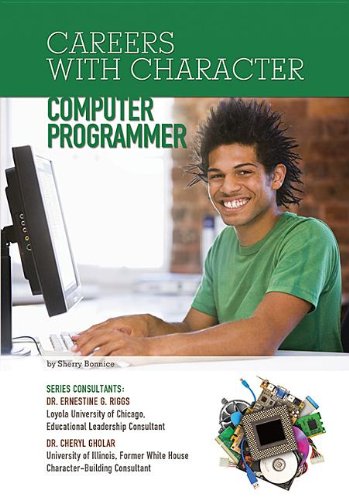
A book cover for Computer Programmer (Careers with Character (Mason Crest)); Sherry Bonnice; Teen & Young Adult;